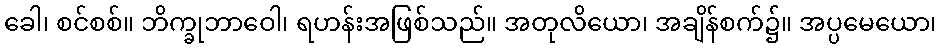
ခေါ၊ စင်စစ်။ ဘိက္ခုဘာဝေါ၊ ရဟန်းအဖြစ်သည်။ အတုလိယော၊ အချိန်စက်၌။ အပ္ပမေယော၊